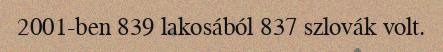
2001-ben 839 lakosából 837 szlovák volt.